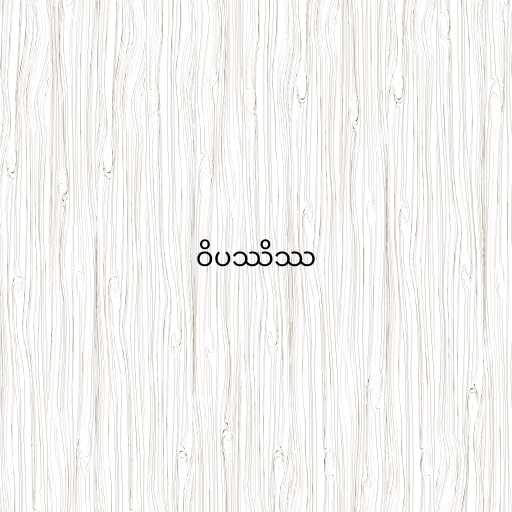
ဝိပဿိဿ